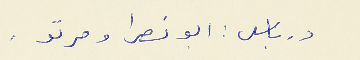
درباس : ابو نصرا ومرتو  .